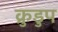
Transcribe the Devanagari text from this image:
क्रुडुप